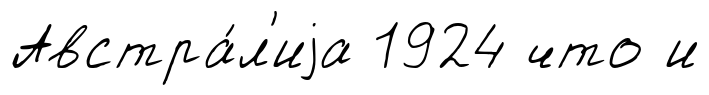
Австра́л'иjа 1924 что и